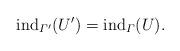
LaTeX: \begin{align*} {\rm ind}_{\varGamma^\prime} (U^\prime) = {\rm ind}_\varGamma(U). \end{align*}